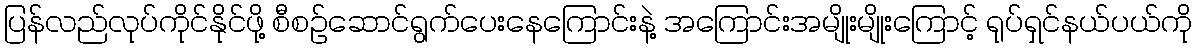
ပြန်လည်လုပ်ကိုင်နိုင်ဖို့ စီစဉ်ဆောင်ရွက်ပေးနေကြောင်းနဲ့ အကြောင်းအမျိုးမျိုးကြောင့် ရုပ်ရှင်နယ်ပယ်ကို